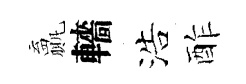
贏轖浩酢